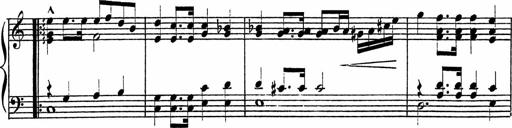
Title: Piano Sonatinas
Composer: Charles Fradel